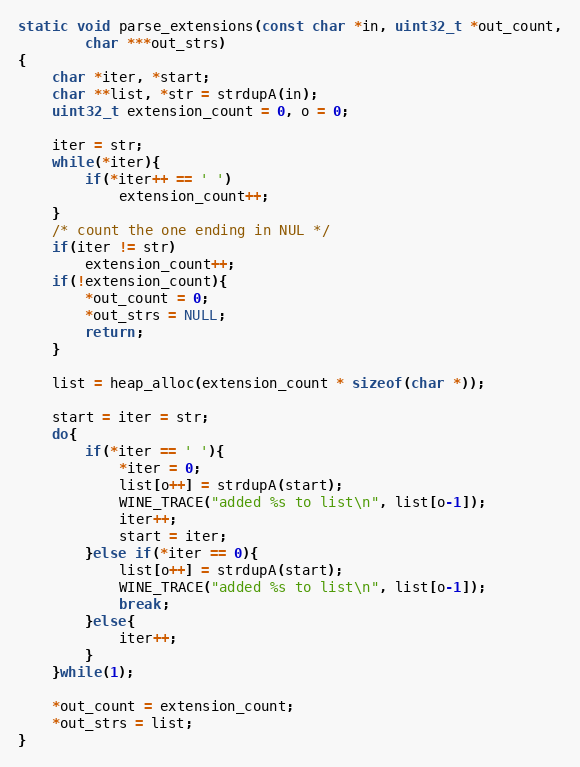
Language: C
static void parse_extensions(const char *in, uint32_t *out_count,
        char ***out_strs)
{
    char *iter, *start;
    char **list, *str = strdupA(in);
    uint32_t extension_count = 0, o = 0;

    iter = str;
    while(*iter){
        if(*iter++ == ' ')
            extension_count++;
    }
    /* count the one ending in NUL */
    if(iter != str)
        extension_count++;
    if(!extension_count){
        *out_count = 0;
        *out_strs = NULL;
        return;
    }

    list = heap_alloc(extension_count * sizeof(char *));

    start = iter = str;
    do{
        if(*iter == ' '){
            *iter = 0;
            list[o++] = strdupA(start);
            WINE_TRACE("added %s to list\n", list[o-1]);
            iter++;
            start = iter;
        }else if(*iter == 0){
            list[o++] = strdupA(start);
            WINE_TRACE("added %s to list\n", list[o-1]);
            break;
        }else{
            iter++;
        }
    }while(1);

    *out_count = extension_count;
    *out_strs = list;
}